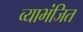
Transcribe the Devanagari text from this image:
व्याभंजित